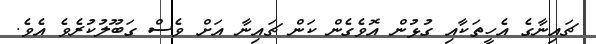
ޗައިނާގެ އެހީތަކާއި ގުޅުން އޮވެގެން ކަން ޗައިނާ އަށް ވެސް ގަބޫލުކުރެވެ އެވެ.